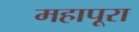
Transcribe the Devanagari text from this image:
महापूरा